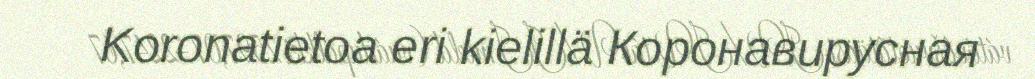
Koronatietoa eri kielillä Коронавирусная